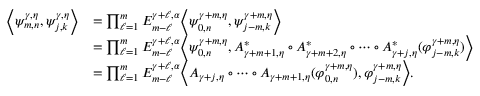
\begin{array} { r l } { { \left\langle { \psi _ { m , n } ^ { \gamma , \eta } , \psi _ { j , k } ^ { \gamma , \eta } } \right\rangle } } & { = \prod _ { \ell = 1 } ^ { m } E _ { m - \ell } ^ { \gamma + \ell , \alpha } { \left\langle { \psi _ { 0 , n } ^ { \gamma + m , \eta } , \psi _ { j - m , k } ^ { \gamma + m , \eta } } \right\rangle } } \\ & { = \prod _ { \ell = 1 } ^ { m } E _ { m - \ell } ^ { \gamma + \ell , \alpha } { \left\langle { \psi _ { 0 , n } ^ { \gamma + m , \eta } , A _ { \gamma + m + 1 , \eta } ^ { * } \circ A _ { \gamma + m + 2 , \eta } ^ { * } \circ \cdots \circ A _ { \gamma + j , \eta } ^ { * } ( \varphi _ { j - m , k } ^ { \gamma + m , \eta } ) } \right\rangle } } \\ & { = \prod _ { \ell = 1 } ^ { m } E _ { m - \ell } ^ { \gamma + \ell , \alpha } { \left\langle { A _ { \gamma + j , \eta } \circ \cdots \circ A _ { \gamma + m + 1 , \eta } ( \varphi _ { 0 , n } ^ { \gamma + m , \eta } ) , \varphi _ { j - m , k } ^ { \gamma + m , \eta } } \right\rangle } . } \end{array}